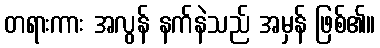
တရားကား အလွန် နက်နဲသည် အမှန် ဖြစ်၏။